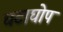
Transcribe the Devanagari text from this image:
घटाघोप